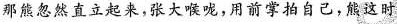
那熊忽然直立起来，张大喉咙，用前掌拍自己，熊这时